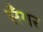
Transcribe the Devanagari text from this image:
सॅंगर